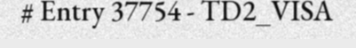
# Entry 37754 - TD2_VISA